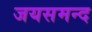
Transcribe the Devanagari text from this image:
जयसमन्‍द